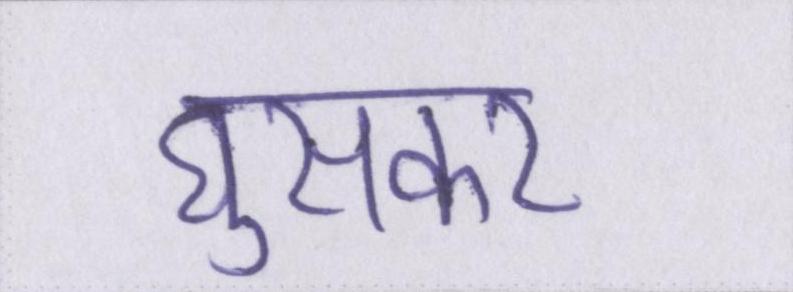
घुसकर